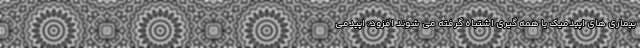
بیماری های اپیدمیک یا همه گیری اشتباه گرفته می شوند افزود: اپیدمی